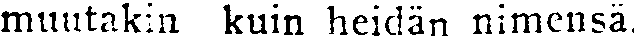
muutakin kuin heidän nimensä.